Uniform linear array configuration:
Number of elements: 16
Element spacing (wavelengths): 0.25
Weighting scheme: hamming
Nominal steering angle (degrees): -45
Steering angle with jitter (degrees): -46.564
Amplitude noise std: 0.05
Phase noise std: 0.05

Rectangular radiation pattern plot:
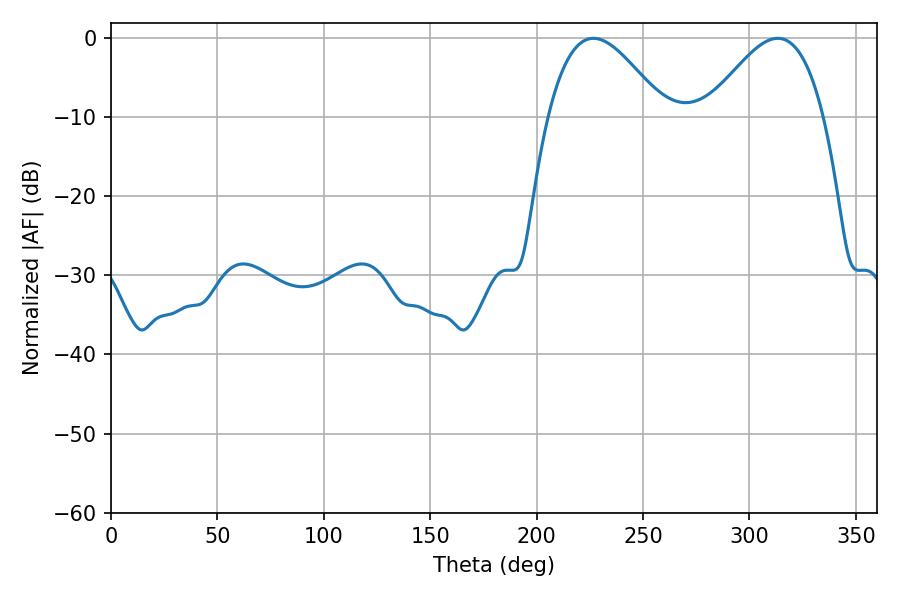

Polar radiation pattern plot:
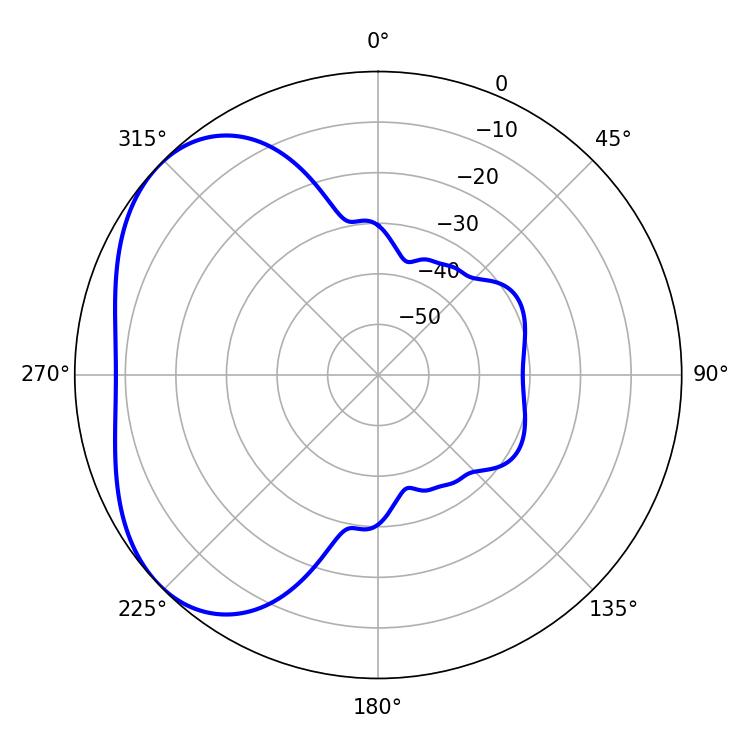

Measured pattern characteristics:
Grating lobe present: FALSE
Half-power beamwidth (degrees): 29.52
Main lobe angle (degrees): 226.62